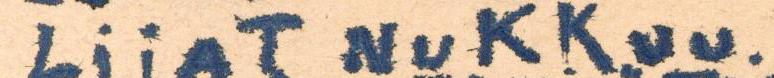
LijAT NuKKuu.